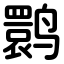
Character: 鹮